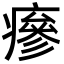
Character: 瘮